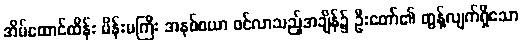
အိမ်ထောင်ထိန်း မိန်းမကြီး အနစ်စယာ ဝင်လာသည့်အချိန်၌ ဦးတော်၏ တွန့်လျက်ရှိသော